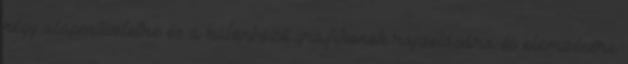
négy alapműveletre és a különböző grafikonok rajzolására és elemzésére